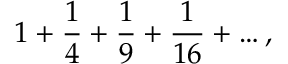
1 + { \frac { 1 } { 4 } } + { \frac { 1 } { 9 } } + { \frac { 1 } { 1 6 } } + \dots ,